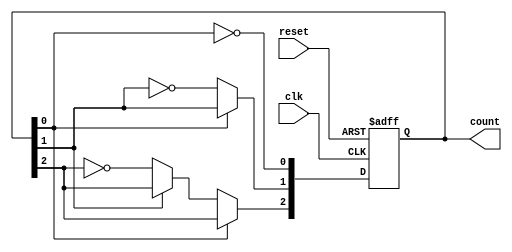
module async_counter (
    input wire clk,       // Clock input
    input wire reset,     // Asynchronous reset input
    output reg [n-1:0] count // n-bit counter output
);
    parameter n = 3; // Number of bits in the counter (3 for a 3-bit counter)

    // Always block for the counter operation
    always @(posedge clk or posedge reset) begin
        if (reset) begin
            count <= 0; // Reset the counter to 0
        end else begin
            // Ripple counter logic
            count[0] <= ~count[0]; // Toggle LSB
            if (count[0] == 1'b0) begin // If LSB goes from 1 to 0
                count[1] <= ~count[1]; // Toggle next bit
                if (count[1] == 1'b0) begin // If second bit goes from 1 to 0
                    count[2] <= ~count[2]; // Toggle third bit
                    // Add more bits as needed for larger counters
                end
            end
        end
    end
endmodule